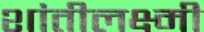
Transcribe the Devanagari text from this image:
शांतीलक्ष्मी